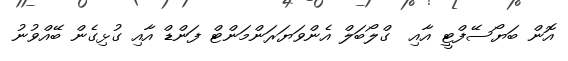
އޮން ބަޔޯސޭފްޓީ އާއި  ގްލޯބަލް އެންވަޔަރަންމަންޓް ފަންޑް އާއި ގުޅިގެން ބޭއްވުނު